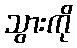
သွားကို